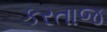
કરતાજ